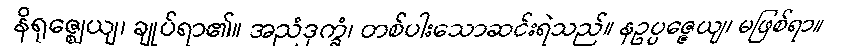
နိရုဇ္ဈေယျ၊ ချုပ်ရာ၏။ အညံဒုက္ခံ၊ တစ်ပါးသောဆင်းရဲသည်။ နဥပ္ပဇ္ဇေယျ၊ မဖြစ်ရာ။